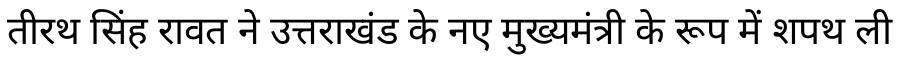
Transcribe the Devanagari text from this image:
तीरथ सिंह रावत ने उत्तराखंड के नए मुख्यमंत्री के रूप में शपथ ली